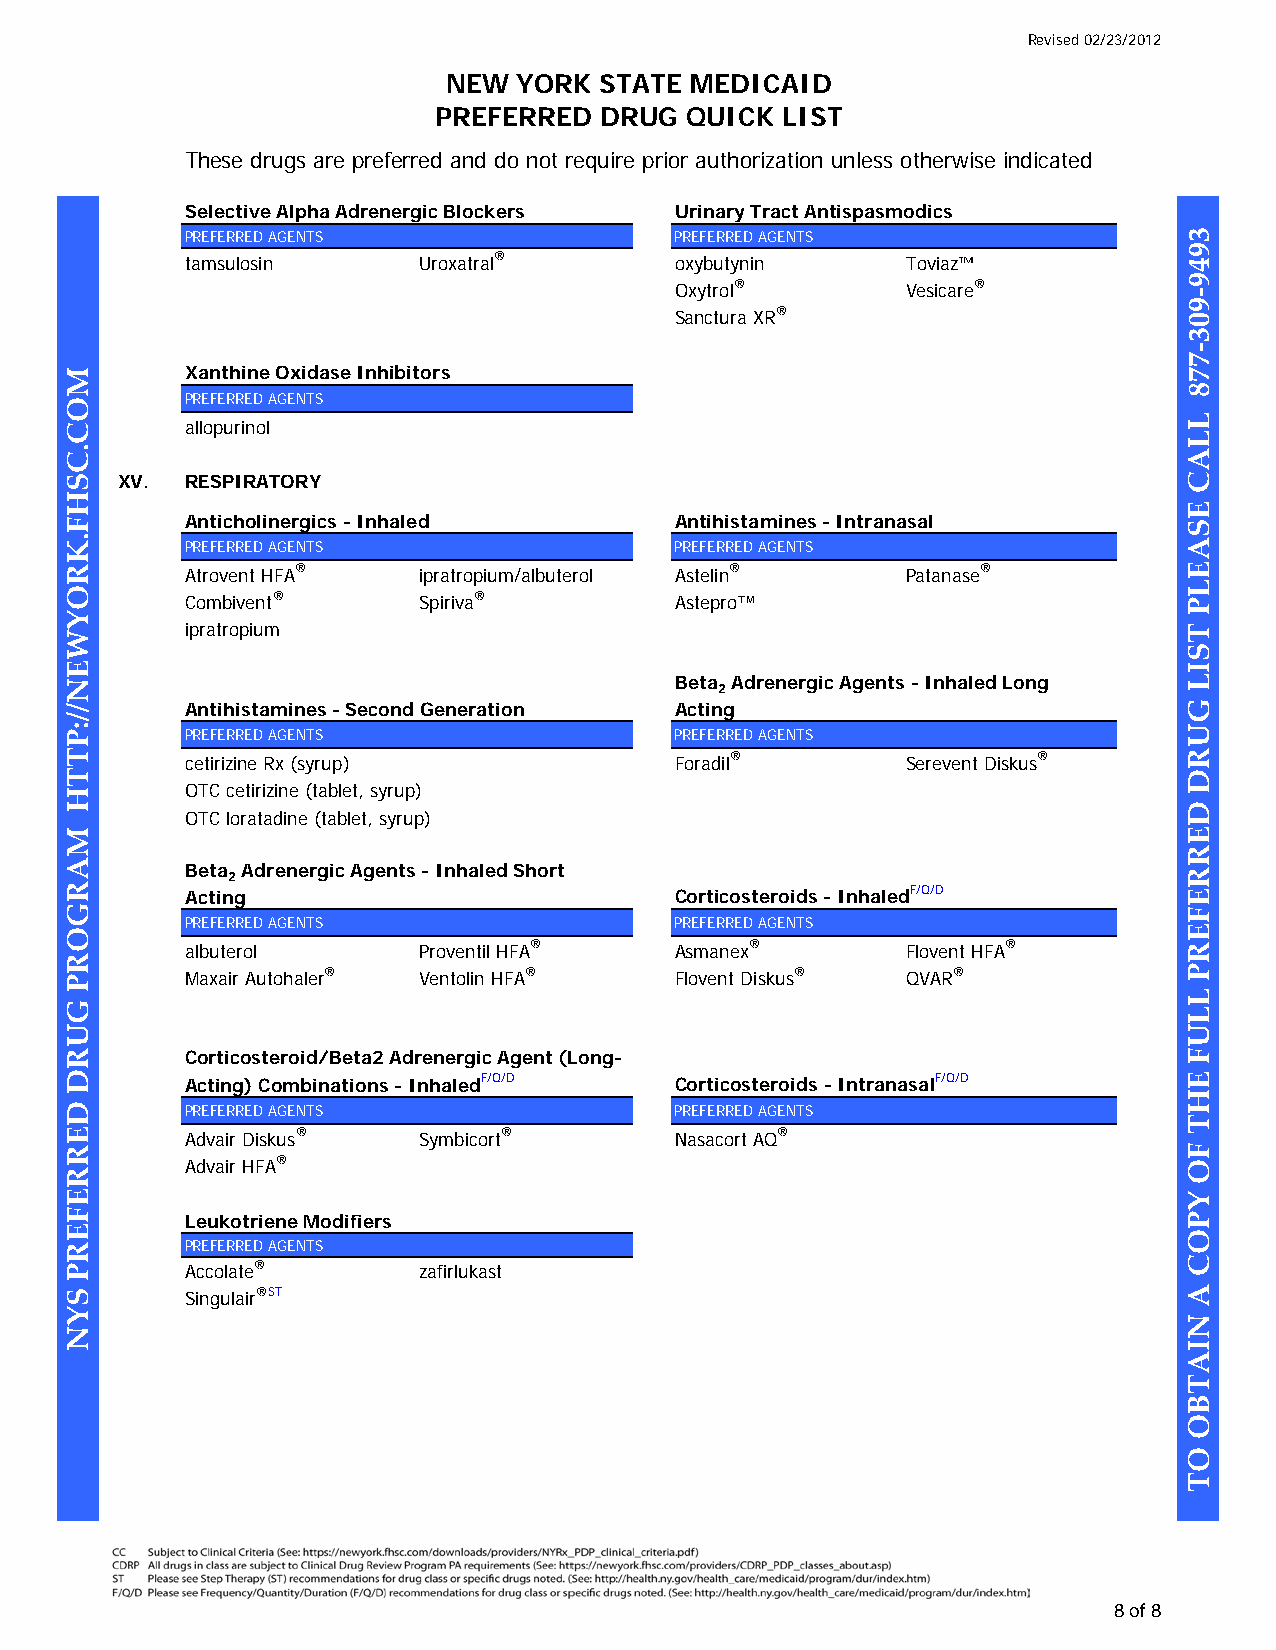
Revised 02/23/2012
 NEW  YORK STATE MEDICAID
 PREFERRED  DRUG  QUICK LIST
 These drugs are preferred and do not require prior authorization unless otherwise indicated
 Selective Alpha Adrenergic Blockers Urinary Tract Antispasmodics
 PREFERRED AGENTS                PREFERRED AGENTS
 tamsulosin     Uroxatral®       oxybutynin      Toviaz™
 Oxytrol®        Vesicare®
 Sanctura XR®
 Xanthine Oxidase Inhibitors
 PREFERRED AGENTS
 allopurinol
 XV.  RESPIRATORY
 Anticholinergics - Inhaled      Antihistamines - Intranasal
 PREFERRED AGENTS                PREFERRED AGENTS
 Atrovent HFA®  ipratropium/albuterol Astelin®   Patanase®
 Combivent®     Spiriva®         Astepro™
 ipratropium
 Beta Adrenergic Agents - Inhaled Long
 2
 Antihistamines - Second Generation Acting
 PREFERRED AGENTS                PREFERRED AGENTS
 cetirizine Rx (syrup)           Foradil®        Serevent Diskus®
 OTC cetirizine (tablet, syrup)
 OTC loratadine (tablet, syrup)
 Beta Adrenergic Agents - Inhaled Short
 2
 Acting                          Corticosteroids - InhaledF/Q/D
 PREFERRED AGENTS                PREFERRED AGENTS
 albuterol      Proventil HFA®   Asmanex®        Flovent HFA®
 Maxair Autohaler® Ventolin HFA® Flovent Diskus® QVAR®
 Corticosteroid/Beta2 Adrenergic Agent (Long-
 Acting) Combinations - InhaledF/Q/D Corticosteroids - IntranasalF/Q/D
 PREFERRED AGENTS                PREFERRED AGENTS
 Advair Diskus® Symbicort®       Nasacort AQ®
 Advair HFA®
 Leukotriene Modifiers
 PREFERRED AGENTS
 Accolate®      zafirlukast
 Singulair®ST
 8 of 8
 MOC.CSHF.KROYWEN//:PTTH
 MARGORP
 GURD
 DERREFERP
 SYN
 3949-903-778
 LLAC
 ESAELP
 TSIL
 GURD
 DERREFERP
 LLUF
 EHT
 FO
 YPOC
 A
 NIATBO
 OT